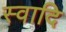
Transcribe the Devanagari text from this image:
स्वादि